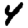
Digit: 4